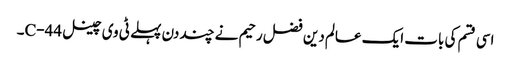
اسی قسم کی بات ایک عالم دین فضل رحیم نے چند دن پہلے ٹی وی چینل C-44۔